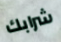
شرابك